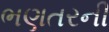
ભણતરની